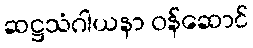
ဆဋ္ဌသံဂါယနာ ဝန်ဆောင်